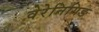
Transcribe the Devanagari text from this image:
वेरेनिगिङ